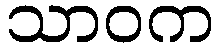
သာဝက